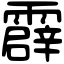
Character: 霹